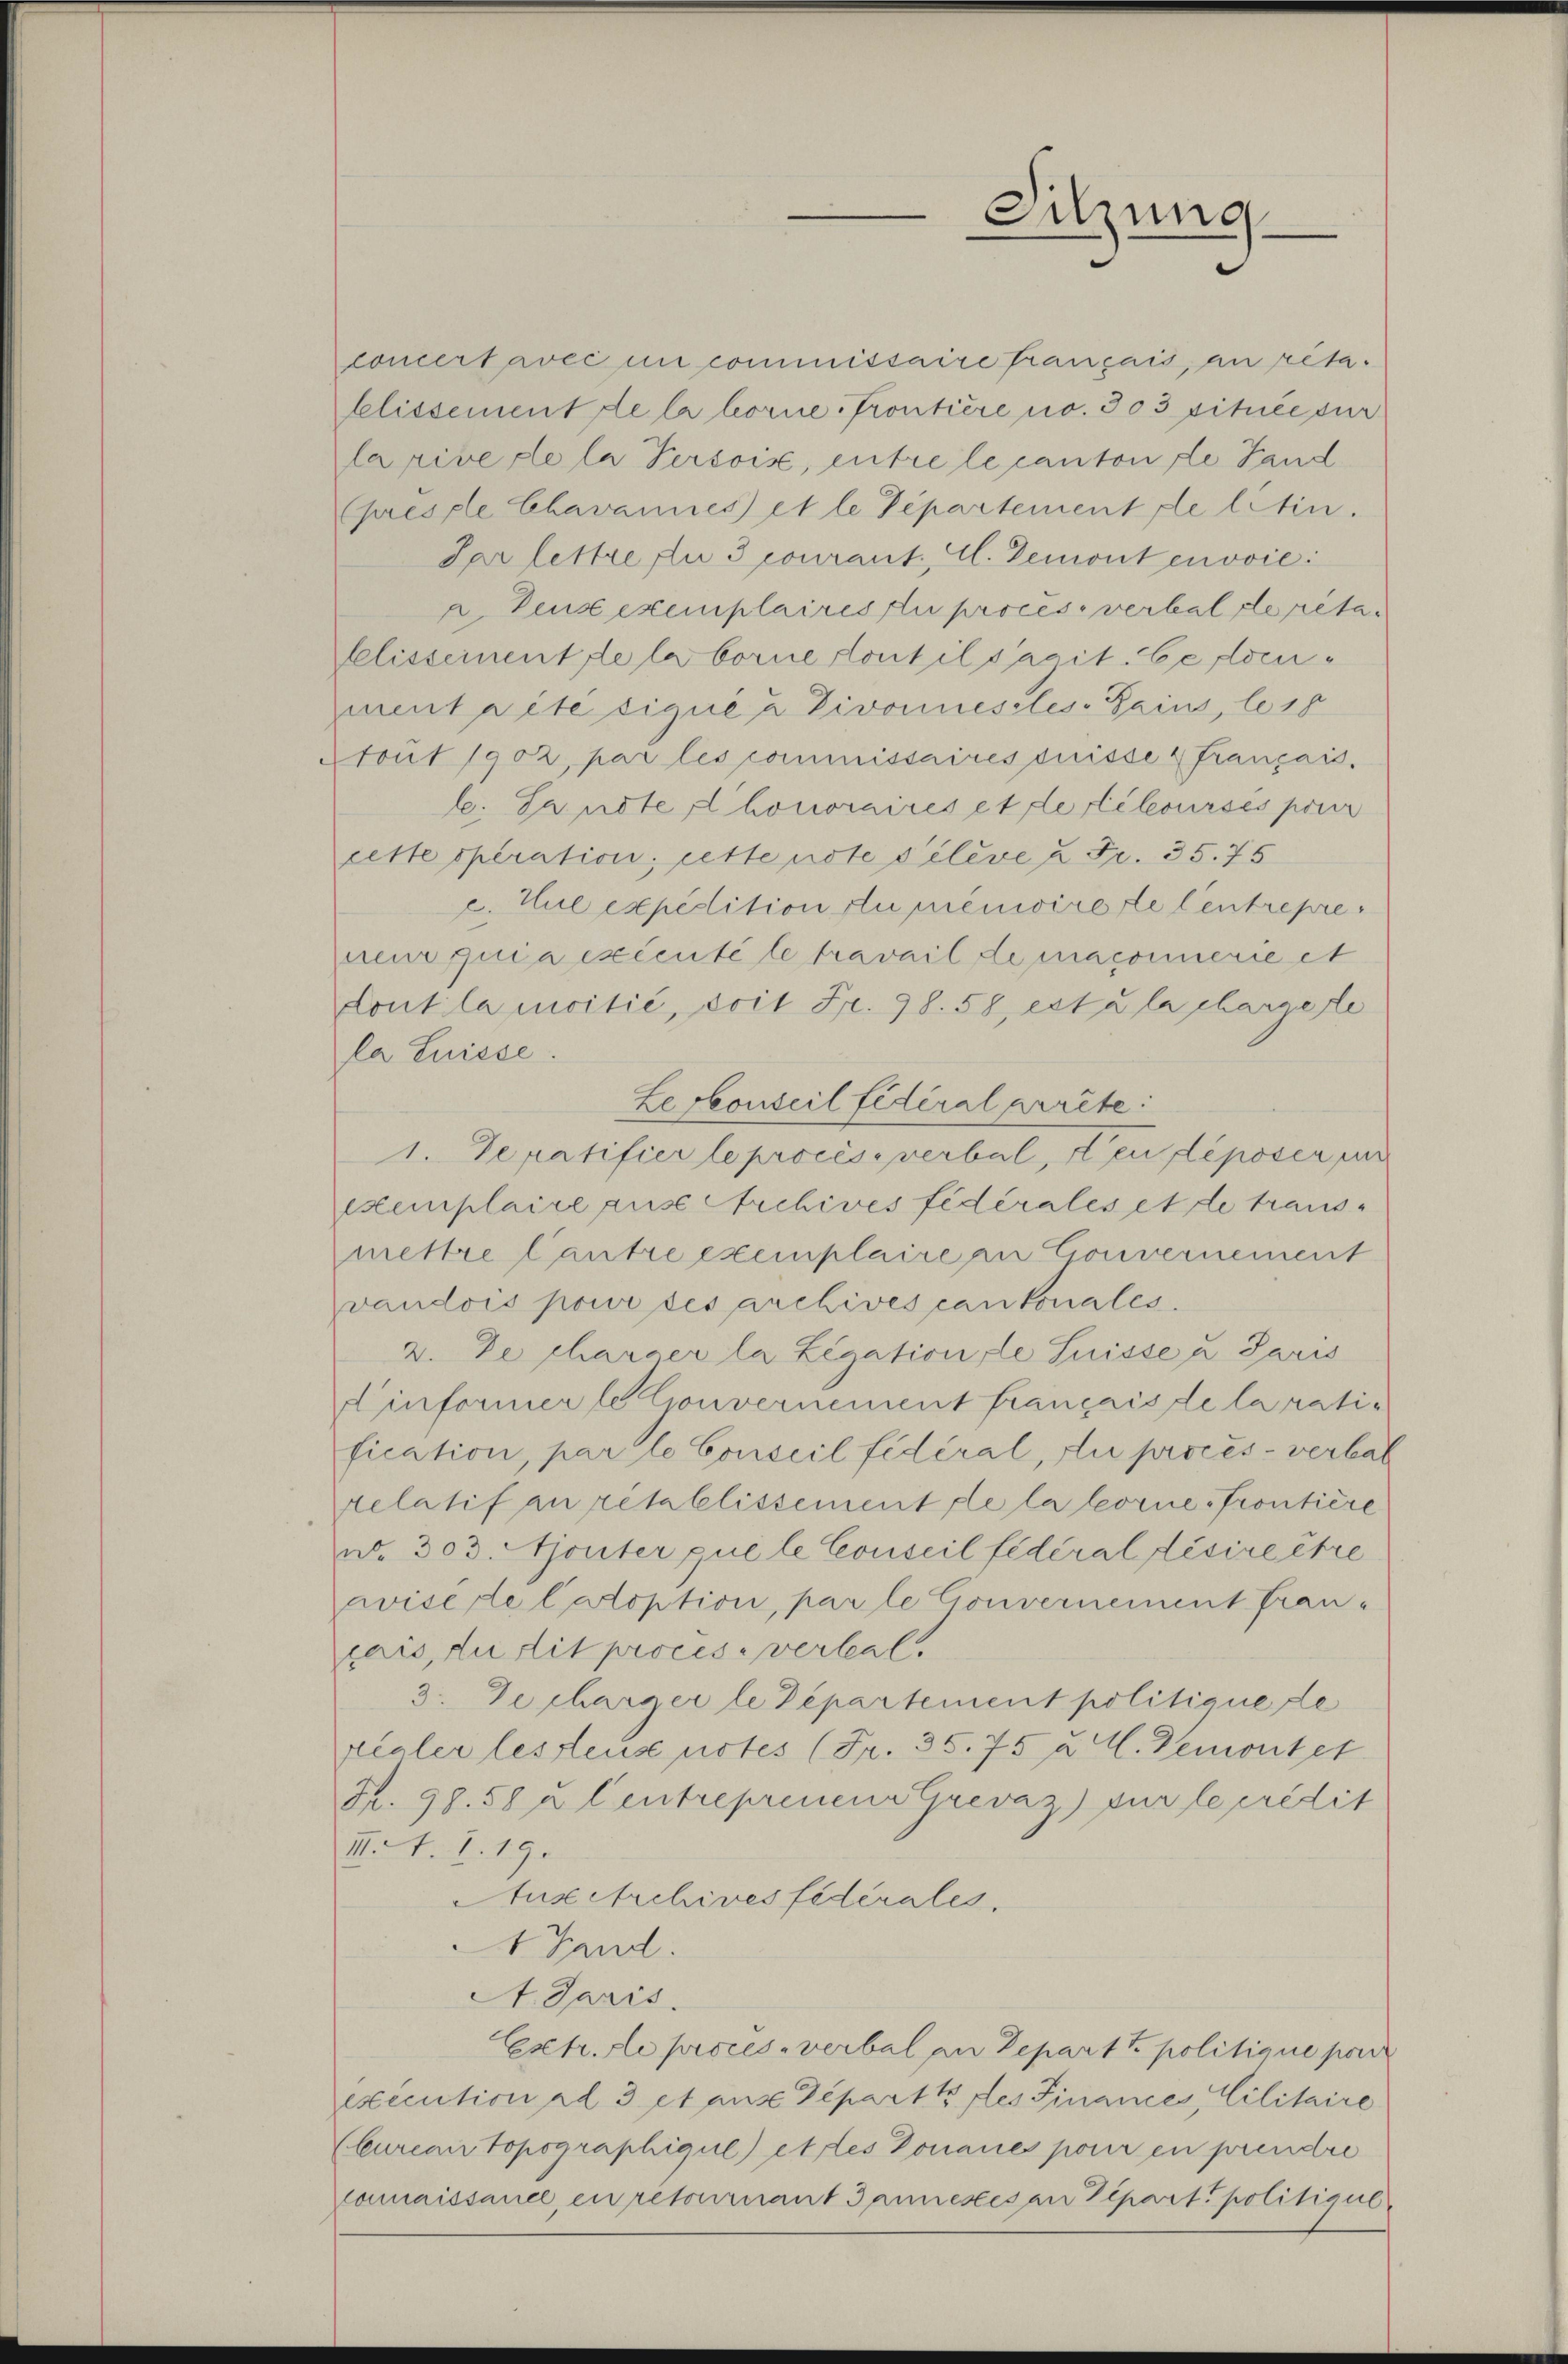
concertavec in commissaire français, an retablissement de la lorne, Frontiere no. 303 située sur
larive de la Persois, entre le canton de Land
(presple Chavannes) et le Pepartement de letin.
Par lettre fl. 3 courant. A. Demont enović
Densexemplaires zu proces, verbal de réta
Elissement de la borne dont il s’agit. Ce dorgment rite siqué u Divoniessles-Bains, le 18
tout 1902, par les commissaires disse Français.
l. Landte honoraires et de retourses pour
sette speration, cette note sileve 2 Fr. 35. 75
c. Hul expedition du menwirere Centrepre
pneur quia excente le travail de maconerie it
dont la moitié, doit Fr. 98. 58, est à la chargete
la Suisse.
Lerkonseil fédéral arrête:
1. Sepatifier le procès-verbal, den deposer mir
exemplaire aus Archives fédérales et de trausmettre Cantre exemplaire an Convernement
vaudois pour des archives cantonales.
v. De charger la Legation de Suisse u. Paris
Einformer le Gouvernement français de la ratification, par le Conseil fédéral, du procès-verbal
relatif au rétablissement de la lornesfrontiere
w. 303. Ajouter que le Conseil fédéral désire être
avise de latoption, par le Gouvernement fran-
pais, du dit procesverhal
3. Decharger le Departement politique de
realer lesteuse notes (Fr. 35. 75 u. A. Demontet
R. 98. 58 x Centreprenen Grevaz) für le crédit
II. A. 1. 19.
Auxitrchives fédérales,
1 Hand.
A. Paris.
Extr. le proces verbal an Depart u. politique poi
execution ad 3 et aus Depart des Finances , Cilitaire
(Cureau topographique) ettes Donaues pour en prendre
camaissance, en retournant I annestes an Depart, politicul

Sitzung